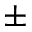
\pm